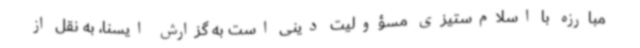
مبارزه با اسلام‌ستیزی مسؤولیت دینی است به گزارش ایسنا، به نقل از